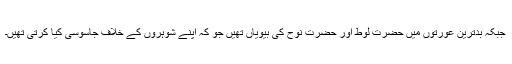
جبکہ بدترین عورتوں میں حضرت لوط اور حضرت نوح کی بیویاں تھیں جو کہ اپنے شوہروں کے خلاف جاسوسی کیا کرتی تھیں۔